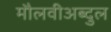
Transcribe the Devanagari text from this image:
मौलवीअब्दुल